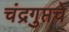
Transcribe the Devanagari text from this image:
चंद्रगुप्तचे